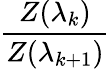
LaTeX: \frac{Z(\lambda_{k})}{Z(\lambda_{k+1})}